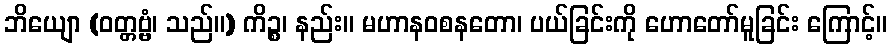
ဘိယျော (ဝတ္တဗ္ဗံ၊ သည်။) ကိဉ္စ၊ နည်း။ မဟာနဝစနတော၊ ပယ်ခြင်းကို ဟောတော်မူခြင်း ကြောင့်။